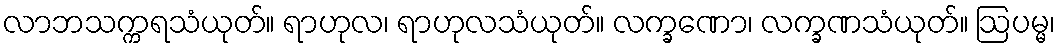
လာဘသက္ကရသံယုတ်။ ရာဟုလ၊ ရာဟုလသံယုတ်။ လက္ခဏော၊ လက္ခဏသံယုတ်။ ဩပမ္မ၊